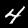
Digit: 4